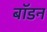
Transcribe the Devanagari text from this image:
बॉडन